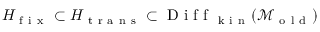
H _ { \mathrm { ~ f ~ i ~ x ~ } } \subset H _ { \mathrm { ~ t ~ r ~ a ~ n ~ s ~ } } \subset \mathrm { ~ D ~ i ~ f ~ f ~ } _ { \mathrm { ~ k ~ i ~ n ~ } } ( \mathcal { M } _ { \mathrm { ~ o ~ l ~ d ~ } } )